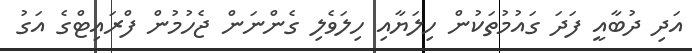
އަދި ދުބާއީ ފަދަ ގައުމުތަކުން ހިލަޔާއި ހިލަވެލި ގެންނަން ޖެހުމުން ފްރައިޓްގެ އަގު